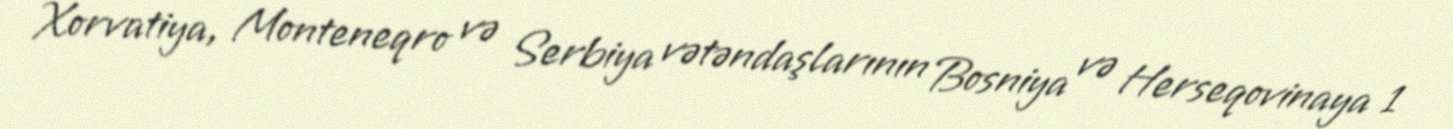
Xorvatiya, Monteneqro və Serbiya vətəndaşlarının Bosniya və Herseqovinaya 1